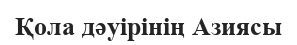
Қола дәуірінің Азиясы